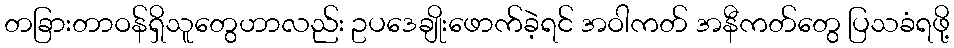
တခြားတာဝန်ရှိသူတွေဟာလည်း ဥပဒေချိုးဖောက်ခဲ့ရင် အဝါကတ် အနီကတ်တွေ ပြသခံရဖို့